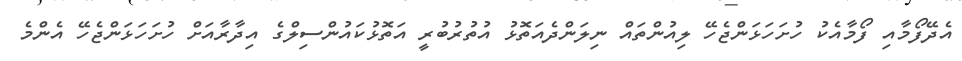
އެދޭފޯމާއި ފޯމާއެކު ހުށަހަޅަންޖެހޭ ލިއުންތައް ނިލަންދެއަތޮޅު އުތުރުބުރީ އަތޮޅުކައުންސިލްގެ އިދާރާއަށް ހުށަހަޅަންޖެހޭ އެންމެ